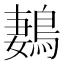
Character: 鶈